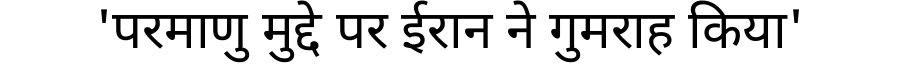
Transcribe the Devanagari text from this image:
'परमाणु मुद्दे पर ईरान ने गुमराह किया'